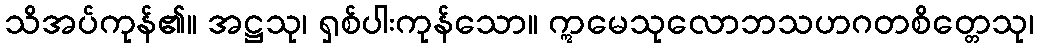
သိအပ်ကုန်၏။ အဋ္ဌသု၊ ရှစ်ပါးကုန်သော။ ဣမေသုလောဘသဟဂတစိတ္တေသု၊